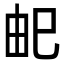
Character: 𭘌